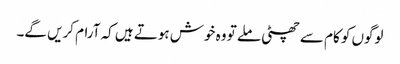
لوگوں کو کام سے چھٹی ملے تو وہ خوش ہوتے ہیں کہ آرام کریں گے۔